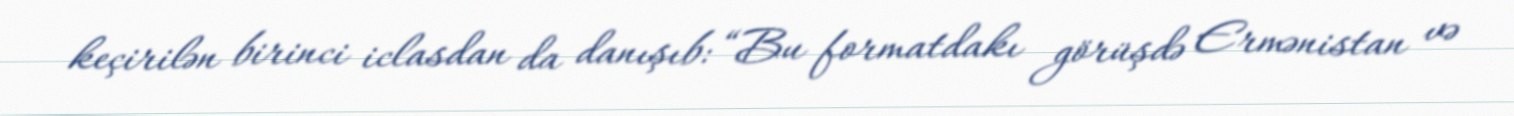
keçirilən birinci iclasdan da danışıb: “Bu formatdakı görüşdə Ermənistan və